Materia medica of Madras volume I
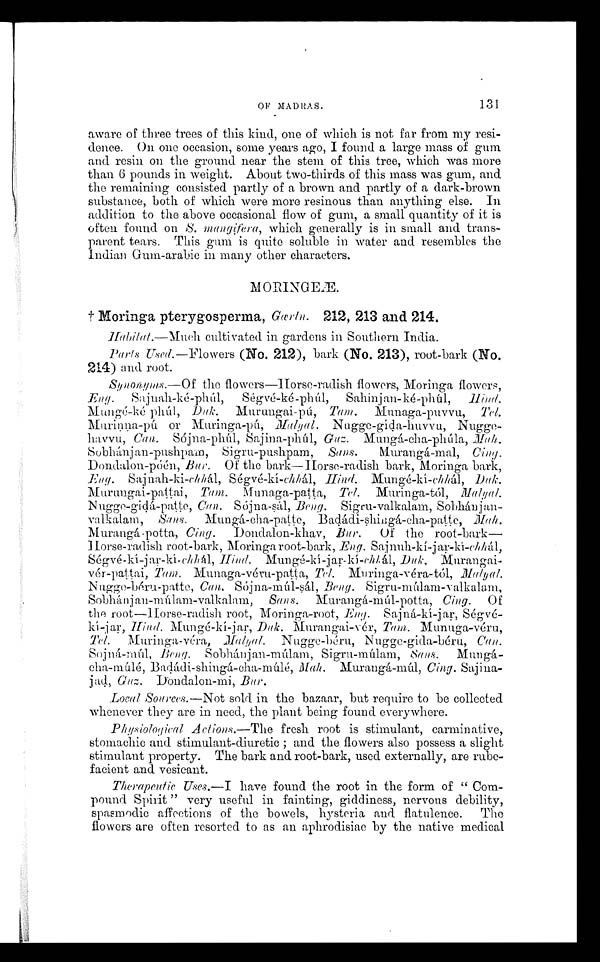
OF MADRAS.
131
aware of three trees of this kind, one of which is not far from my resi
-dence. On one occasion, some years ago, I found a large mass of gum
and resin on the ground near the stem of this tree, which was more
than 6 pounds in weight. About two-thirds of this mass was gum, and
the remaining consisted partly of a brown and partly of a dark-brown
substance, both of which were more resinous than anything else. In
addition to the above occasional flow of gum, a small quantity of it is
often found on S. mangifera, which generally is in small and trans-
parent tears. This gum is quite soluble in water and resembles the
Indian Gum-arabic in many other characters.
M O R I N G E Æ .
† M o r i n g a p t e r y g o s p e r m a ,G
œ r l n .
2 1 2 , 2 1 3 a n d 2 1 4 .
Habitat.—Much cultivated in gardens in Southern India.
Parts Used.— Flowers (No. 212), bark (No. 213), root-bark (No.
214) and root.
Synonyms.—Of the flowers—Horse-radish flowers, Moringa flowers,
Eng.
Sujnah-ké-phúl, Ségvé-ké-phúl, Sahinjan-ké-phúl, H ind.
Mungé-ké phúl, Duk. Murungai-pú, Tam. Munaga-puvvu, Tel.
Murinna-pú or Muringa-pú, Malyal. Nu
gge-gíd a-huvv u,Nugge--
havvu, Can. Sójna-phúl, Sajina-phúl, Guz . Mungá-cha-phúla, Ma
h .
S o b h á n j a n - p u s h p a m , S i g r u - p u s h p a m ,S
a n s .
M u r a n g á - m a l , C
i n g .
Dondalon-póén, Bu r. Of the bark—Horse-radish bark, Moringa bark,
Eng. Sajnah-ki-chhál, Ségvé-kí-chhál, Hind. Mungé-kí-chhál, Duk.
Murungai-pattai, Tam. Munaga-patta, Tel. Muringa-tó1,
Nugge-giṭá-paṭṭe, Can. Sójna-sál, Beng. Sigru-valkalam, Sobhánjan
-valkalam, Sans. Mungá-cha-pa ṭṭe, Badádi - s hi ngá- cha- pat t e, Mah.
Murangá-potta, Cing. Dondalon-khav, Bur. Of the root-bark
— H o r s e - r a d i s h r o o t - b a r k , M o r i n g a r o o t - b a r k ,E
n g .
S a j n u h - k í - j a r - k i - c h h á l ,
Ségvé-kí-jar-kí- chhál, Hind. Mungé-kí-jar-kí-chhál, Duk. Muran gai--
vér-pattai, Tam. Munaga-véru-patta, Tel. Muringa-véra-tól, Malyal.
Nugge-béru-patte,C a n .
S ó j n a - m ú l - s á 1 ,
B e n g .
S i g r u - m ú l a m - v a l k a l a m ,
Sobhánjan-múlam-valkalam, San s . Murangá-múl-potta, Cing. O f
the root—Horse-radish root, Moringa-root, Eng. Sajná-kí-jar, Ségv
é-jar, Hind. Mun gé-kí-jar, Duk. Murangai-vér, Tam. Munuga-véru,
Tel. Muringa-véra,M a l y a l
. N u g g e - b é r u , N u g g e - g i d a - b é r u ,Can.
Sojná-múl, B eng. Sobhánj an-múlam, Sigru-múlam, Sans. Mun
g á - c h a - m ú l é , B a d á d i - s h i n g á - c h a - m ú l é ,M
a
h .
M u r a n g á - m ú l ,
C i n g .
Sajina
-jad, Guz. Dondalon-mi, Bur.
Local Sources.—Not sold in the bazaar, but require to be collected
whenever they are in need, the plant being found everywhere.
Physiological Actions.—The fresh root is stimulant, carminative,
stomachic and stimulant-diuretic; and the flowers also possess a slight
stimulant property. The bark and root-bark, used externally, are rube-
facient and vesicant.
Therapeutic Uses.—I have found the root in the form of " Com
-pound Spirit " very useful in fainting, giddiness, nervous debility,
spasmodic affections of the bowels, hysteria and flatulence. The
flowers are often resorted to as an aphrodisiac by the native medical